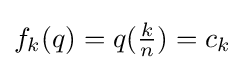
f_{k}(q)=q({\tfrac {k}{n}})=c_{k}